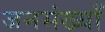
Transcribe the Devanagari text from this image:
जनसंख्याँ